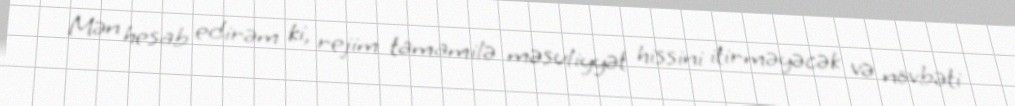
Mən hesab edirəm ki, rejim tamamilə məsuliyyət hissini itirməyəcək və növbəti